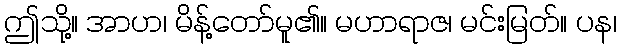
ဤသို့။ အာဟ၊ မိန့်တော်မူ၏။ မဟာရာဇ၊ မင်းမြတ်။ ပန၊